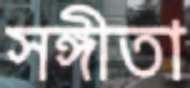
সঙ্গীতা